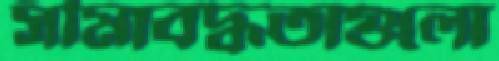
সীমাবদ্ধতাগুলো